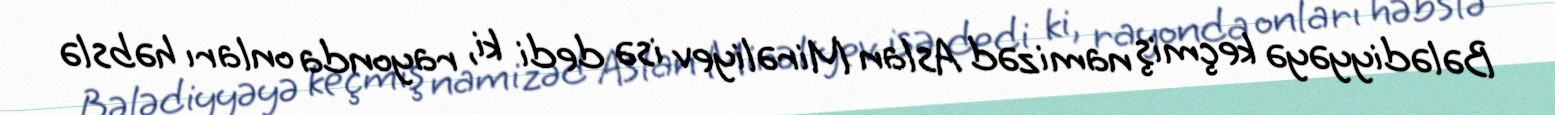
Bələdiyyəyə keçmiş namizəd Aslan Mirəliyev isə dedi ki, rayonda onları həbslə